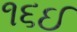
૧૬ઈ